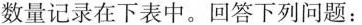
数量记录在下表中。回答下列问题：